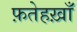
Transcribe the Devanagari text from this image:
फ़तेहख़ाँ